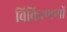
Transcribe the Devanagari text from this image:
विकिरणणों